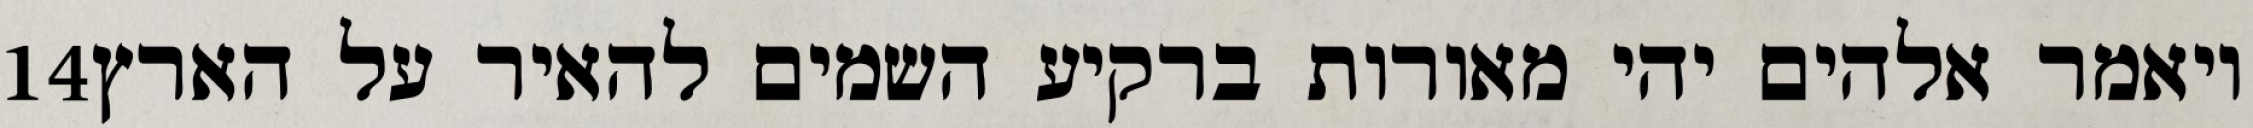
‎14‏ ויאמר אלהים יהי מאורות ברקיע השמים להאיר על הארץ